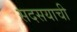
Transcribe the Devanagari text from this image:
सदसयाची